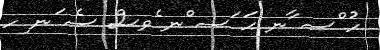
ހު ްސ ާނ ޙަ ަސ ްނ ެވސް ސެ ަނ ިހ